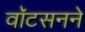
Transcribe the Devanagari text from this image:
वॉटसनने